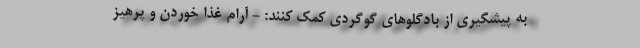
به پیشگیری از بادگلوهای گوگردی کمک کنند: - آرام غذا خوردن و پرهیز